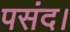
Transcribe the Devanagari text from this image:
पसंद।